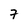
Character: 7